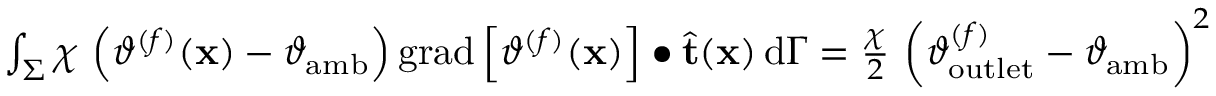
\begin{array} { r } { \int _ { \Sigma } \chi \, \left( \vartheta ^ { ( f ) } ( \mathbf { x } ) - \vartheta _ { \mathrm { a m b } } \right) \mathrm { g r a d } \left[ \vartheta ^ { ( f ) } ( \mathbf { x } ) \right] \bullet \widehat { \mathbf { t } } ( \mathbf { x } ) \, \mathrm { d } \Gamma = \frac { \chi } { 2 } \, \left( \vartheta _ { \mathrm { o u t l e t } } ^ { ( f ) } - \vartheta _ { \mathrm { a m b } } \right) ^ { 2 } } \end{array}